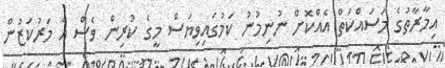
އިމާރާތުގެ މަސައްކަތް އެއްކޮށް ނުނިމުނު ކަމުގައިވިޔަސް މީގެ ކުރިން ވެސް އެ މަރުކަޒުން